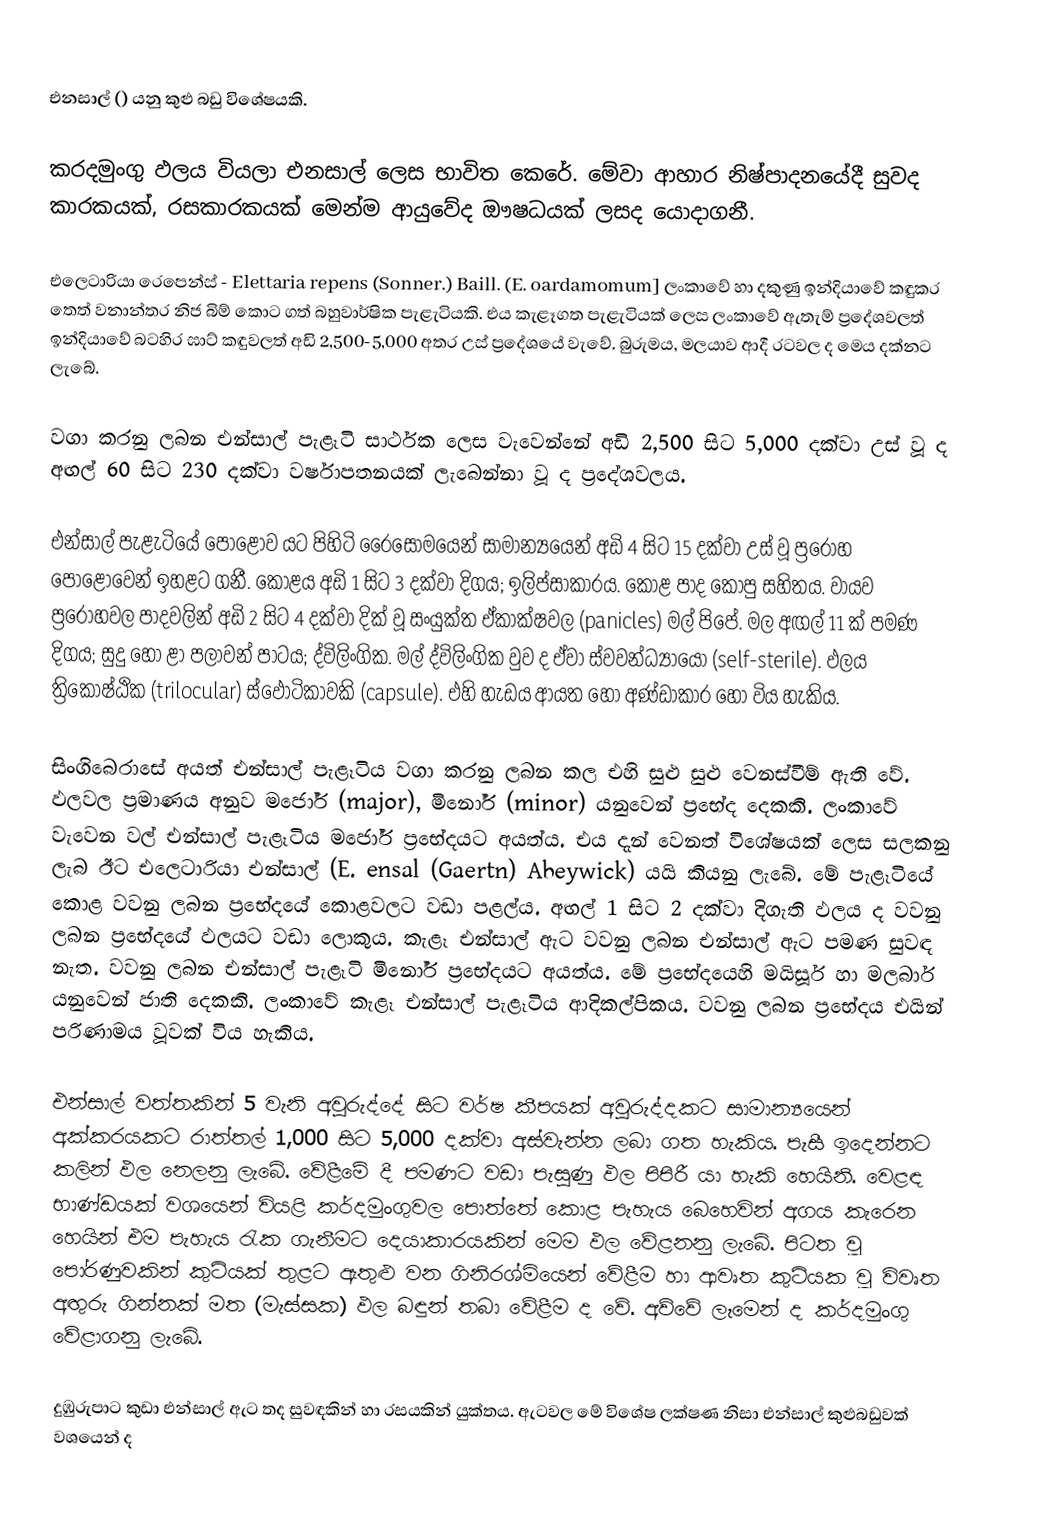
එනසාල් () යනු කුළු බඩු විශේෂයකි.

කරදමුංගු ඵලය වියලා එනසාල් ලෙස භාවිත කෙරේ. මේවා ආහාර නිෂ්පාදනයේදී සුවද කාරකයක්,  රසකාරකයක් මෙන්ම ආයුවේද ඖෂධයක් ලසද යොදාගනී.

එලෙටාරියා රෙපෙන්ස් - Elettaria repens (Sonner.) Baill. (E. oardamomum] ලංකාවේ හා දකුණු ඉන්දියාවේ කඳුකර තෙත් වනාන්තර නිජ බිම් කොට ගත් බහුවාර්ෂික පැළැටියකි. එය කැළෑගත පැළැටියක් ලෙස ලංකාවේ ඇතැම් ප්‍රදේශවලත් ඉන්දියාවේ බටහිර ඝාට් කඳුවලත් අඩි 2,500-5,000 අතර උස් ප්‍රදේශයේ වැවේ. බුරුමය, මලයාව ආදී රටවල ද මෙය දක්නට ලැබේ.

වගා කරනු ලබන එන්සාල් පැළෑටි සාර්ථක ලෙස වැවෙන්නේ අඩි 2,500 සිට 5,000 දක්වා උස් වූ ද අ﻿ඟල් 60 සිට 230 දක්වා වර්ෂාපතනයක් ලැබෙන්නා වූ ද ප්‍රදේශවලය.

එන්සාල් පැළැටියේ පොළොව යට පිහිටි රෛසෝමයෙන් සාමාන්‍යයෙන් අඩි 4 සිට 15 දක්වා උස් වූ ප්‍රරෝහ පොළොවෙන් ඉහළට ගනී. කොළය අඩි 1 සිට 3 දක්වා දිගය; ඉලිප්සාකාරය. කොළ පාද කොපු සහිතය. වායව ප්‍රරෝහවල පාදවලින් අඩි 2 සිට 4 දක්වා දික් වූ සංයුක්ත ඒකාක්ෂවල (panicles) මල් පිපේ. මල අඟල් 11 ක් පමණ දිගය; සුදු හෝ ළා පලාවන් පාටය; ද්විලිංගික. මල් ද්විලිංගික වුව ද ඒවා ස්වවන්ධ්‍යායො (self-sterile). ඵලය ත්‍රිකෝෂ්ඨික (trilocular) ස්ඵෝටිකාවකි (capsule). එහි හැඩය ආයත හෝ අණ්ඩාකාර හෝ විය හැකිය.

සිංගිබෙරාසේ අයත් එන්සාල් පැළෑටිය වගා කරනු ලබන කල එහි සුළු සුළු වෙනස්වීම් ඇති වේ. ඵලවල ප්‍රමාණය අනුව මජෝර් (major), මිනෝර් (minor) යනුවෙන් ප්‍රභේද දෙකකි. ලංකාවේ වැවෙන වල් එන්සාල් පැළෑටිය මජෝර් ප්‍රභේදයට අයත්ය. එය දැන් වෙනත් විශේෂයක් ලෙස සලකනු ලැබ ඊට එලෙටාරියා එන්සාල් (E. ensal (Gaertn) Abeywick) යයි කියනු ලැබේ. මේ පැළෑටියේ කොළ වවනු ලබන ප්‍රභේදයේ කොළවලට වඩා පළල්ය. අඟල් 1 සිට 2 දක්වා දිගැති ඵලය ද වවනු ලබන ප්‍රභේදයේ ඵලයට වඩා ලොකුය. කැළෑ එන්සාල් ඇට වවනු ලබන එන්සාල් ඇට පමණ සුවඳ නැත. වවනු ලබන එන්සාල් පැළෑටි මිනෝර් ප්‍රභේදයට අයත්ය. මේ ප්‍රභේදයෙහි මයිසූර් හා මලබාර් යනුවෙන් ජාති දෙකකි. ලංකාවේ කැළෑ එන්සාල් පැළෑටිය ආදිකල්පිකය. වවනු ලබන ප්‍රභේදය එයින් පරිණාමය වූවක් විය හැකිය.

එන්සාල් වත්තකින් 5 වැනි අවුරුද්දේ සිට වර්ෂ කීපයක් අවුරුද්දකට සාමාන්‍යයෙන් අක්කරයකට රාත්තල් 1,000 සිට 5,000 දක්වා අස්වැන්න ලබා ගත හැකිය. පැසී ඉදෙන්නට කලින් ඵල නෙලනු ලැබේ. වේළීමේ දී පමණට වඩා පැසුණු ඵල පිපිරී යා හැකි හෙයිනි. වෙළඳ භාණ්ඩයක් වශයෙන් වියළි කර්දමුංගුවල පොත්තේ කොළ පැහැය බෙහෙවින් අගය කැරෙන හෙයින් එම පැහැය රැක ගැනීමට දෙයාකාරයකින් මෙම ඵල වේළනනු ලැබේ. පිටත වූ පෝරණුවකින් කුටියක් තුළට ඇතුළු වන ගිනිරශ්මියෙන් වේළීම හා ආවෘත කුටියක වූ විවෘත අඟුරු ගින්නක් මත (මැස්සක) ඵල බඳුන් තබා වේළීම ද වේ. අව්වේ ලෑමෙන් ද කර්දමුංගු වේළාගනු ලැබේ.

දුඹුරුපාට කුඩා එන්සාල් ඇට තද සුවඳකින් හා රසයකින් යුක්තය. ඇටවල මේ විශේෂ ලක්ෂණ නිසා එන්සාල් කුළුබඩුවක් වශයෙන් ද